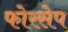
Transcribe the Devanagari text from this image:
फोरसेप